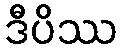
ဒီပိဿ